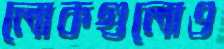
লোকগুলোও